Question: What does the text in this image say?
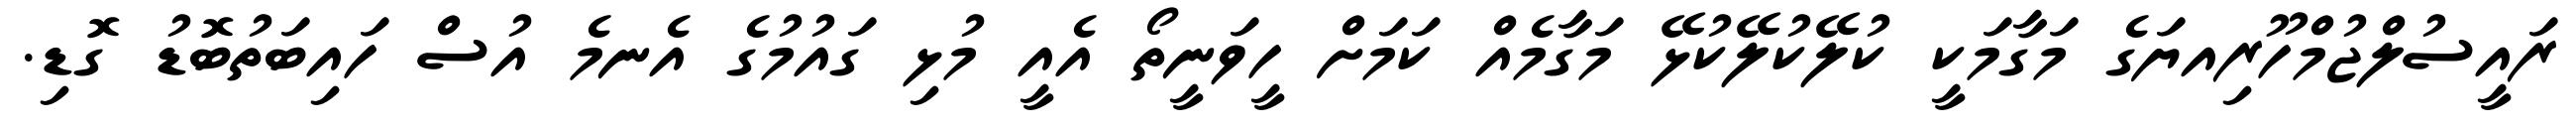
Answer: ރައީސުލްޖުމްހޫރިއޔަގެ މަގާމަކީ ކުލޭކުލޭކުޅޭ މަގާމެއް ކަމަށް ހީވަނީތޯ އެއީ މުޅި ގައުމުގެ އެނމެ އުސް ހައިބަތުބޮޑު ގޮޑި.